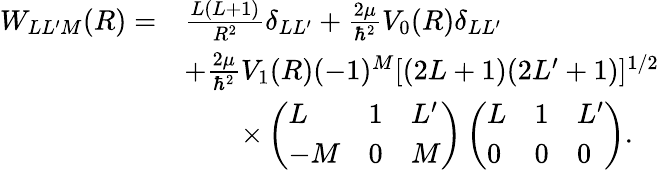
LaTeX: \begin{array}{rl}{W_{LL^{\prime}M}(R)=}&{\frac{L(L+1)}{R^{2}}\delta_{LL^{\prime}}+\frac{2\mu}{\hbar^{2}}V_{0}(R)\delta_{LL^{\prime}}}\\ &{+\frac{2\mu}{\hbar^{2}}V_{1}(R)(-1)^{M}[(2L+1)(2L^{\prime}+1)]^{1/2}}\\ &{\qquad\times\left(\begin{array}{lll}{L}&{1}&{L^{\prime}}\\ {-M}&{0}&{M}\end{array}\right)\left(\begin{array}{lll}{L}&{1}&{L^{\prime}}\\ {0}&{0}&{0}\end{array}\right).}\end{array}